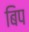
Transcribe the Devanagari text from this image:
बिप